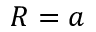
R = a